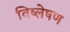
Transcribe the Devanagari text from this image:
विष्‍लेषण